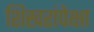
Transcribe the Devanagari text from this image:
शिखरांपेक्षा